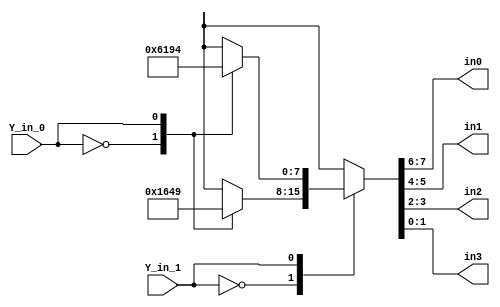
/******************************************************/   
/* module viterbi_distances                           */   
/******************************************************/   
// ---------------------------------------------------------------------------
// Purpose 	: This module is used to find the hamming distance
//                of received input to all possible branch output.
// --
//		  <zalfany@opencores.org>
// Last Rev.	: 18.4.2000
// 
// Modules used : -
// --
// Simulator	: ModelSim PE/Plus 4.7h
// Error	: None known yet.
// --
// Example      : 
//      Received  --> 01
//        in0 = 1         (hamming distance with 00)
//        in1 = 0         (hamming distance with 01)
//        in2 = 2         (hamming distance with 10)
//        in3 = 1         (hamming distance with 11)
// ---------------------------------------------------------------------------

module viterbi_distances  (Y_in_1,Y_in_0,in0,in1,in2,in3);   

   input Y_in_1,Y_in_0; 
   output [1:0] in0,in1,in2,in3;   

   reg [7:0] in;

   always @(Y_in_1 or Y_in_0) 
     begin  
      case (Y_in_1)
        0 : case (Y_in_0)
              0 : in = 'b00010110;
              1 : in = 'b01001001;
            endcase
        1 : case (Y_in_0)
              0 : in = 'b01100001;
              1 : in = 'b10010100;
            endcase
      endcase
   end

   assign in0 = in [7:6];
   assign in1 = in [5:4];
   assign in2 = in [3:2];
   assign in3 = in [1:0];

endmodule